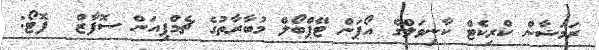
ރަމަޟާން ކްރިކެޓް ކާނިވަލްގެ އޯޕަން ޓޭޕްބޯލް މުބާރާތުގެ ޗެމްޕިއަން ސޮފާޒް  ފޮޓޯ: